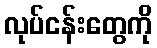
လုပ်ငန်းတွေကို